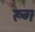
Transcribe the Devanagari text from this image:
रूग